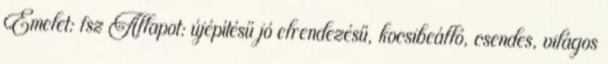
Emelet: fsz Állapot: újépítésű jó elrendezésű, kocsibeálló, csendes, világos